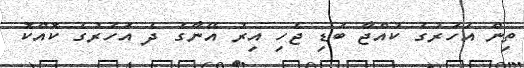
ތިން އަހަރުގެ ކުއްޖާ ބަޑި ޖެހި އިރު އޭނާގެ ދެ އަހަރުގެ ކޮއްކޮ